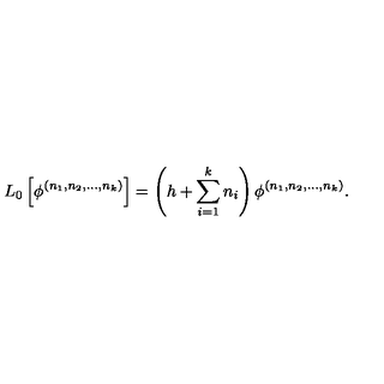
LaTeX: L _ { 0 } \left[ \phi ^ { ( n _ { 1 } , n _ { 2 } , . . . , n _ { k } ) } \right] = \left( h + \sum _ { i = 1 } ^ { k } n _ { i } \right) \phi ^ { ( n _ { 1 } , n _ { 2 } , . . . , n _ { k } ) } .